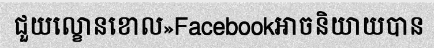
ជួយល្ខោនខោល»Facebookអាចនិយាយបាន